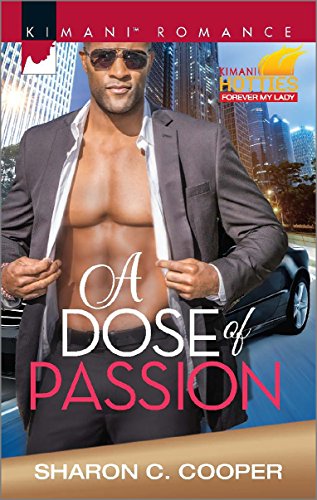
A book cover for A Dose of Passion (Kimani Hotties); Sharon C. Cooper; Romance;